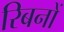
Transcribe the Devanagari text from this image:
रिबनों